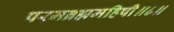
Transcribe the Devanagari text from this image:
परमब्रह्ममहिषी॥८॥